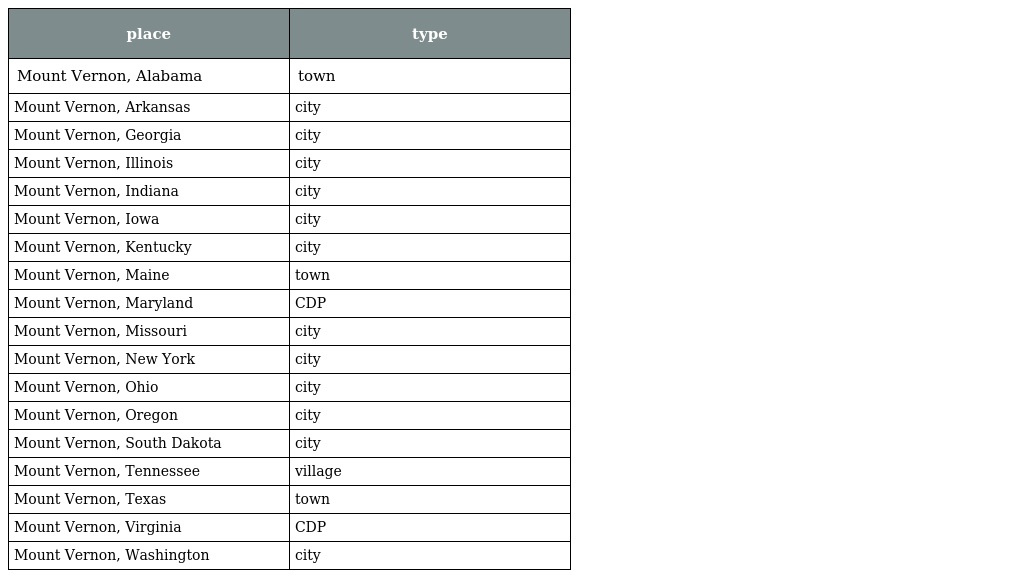
| place | type |
 | --- | --- |
 | Mount Vernon, Alabama | town |
 | Mount Vernon, Arkansas | city |
 | Mount Vernon, Georgia | city |
 | Mount Vernon, Illinois | city |
 | Mount Vernon, Indiana | city |
 | Mount Vernon, Iowa | city |
 | Mount Vernon, Kentucky | city |
 | Mount Vernon, Maine | town |
 | Mount Vernon, Maryland | CDP |
 | Mount Vernon, Missouri | city |
 | Mount Vernon, New York | city |
 | Mount Vernon, Ohio | city |
 | Mount Vernon, Oregon | city |
 | Mount Vernon, South Dakota | city |
 | Mount Vernon, Tennessee | village |
 | Mount Vernon, Texas | town |
 | Mount Vernon, Virginia | CDP |
 | Mount Vernon, Washington | city |